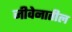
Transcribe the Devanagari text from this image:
जीवेनातील